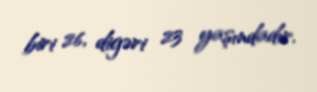
biri 26, digəri 23 yaşındadır.